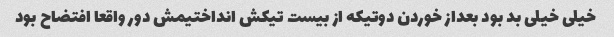
خیلی خیلی بد بود بعداز خوردن دوتیکه از بیست تیکش انداختیمش دور واقعا افتضاح بود